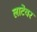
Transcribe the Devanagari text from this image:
लाटेवर